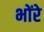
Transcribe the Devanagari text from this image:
भोंरे